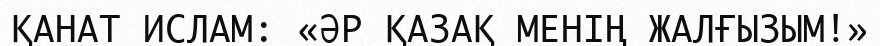
ҚАНАТ ИСЛАМ: «ӘР ҚАЗАҚ МЕНІҢ ЖАЛҒЫЗЫМ!»